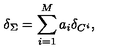
\delta _ { \Sigma } = \sum _ { i = 1 } ^ { M } a _ { i } \delta _ { C ^ { i } } ,